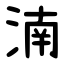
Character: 湳